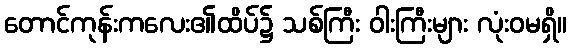
တောင်ကုန်းကလေး၏ထိပ်၌ သစ်ကြီး ဝါးကြီးများ လုံးဝမရှိ။